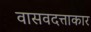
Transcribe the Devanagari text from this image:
वासवदत्ताकार